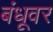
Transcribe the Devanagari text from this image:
बंधूवर